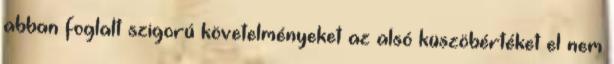
abban foglalt szigorú követelményeket az alsó küszöbértéket el nem